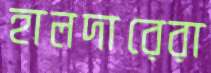
হালদারেরা